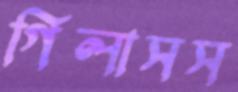
গিলাসস